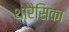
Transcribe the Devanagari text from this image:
थोरैसिका